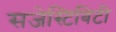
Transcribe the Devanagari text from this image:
सजेस्टिबिटी